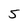
Character: 5